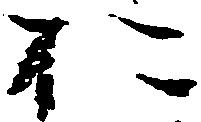
お